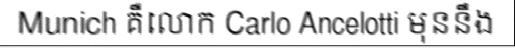
Munich គឺលោក Carlo Ancelotti មុននឹង